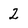
Character: 2